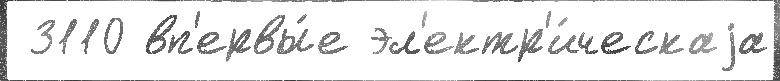
 3110 вп'ервы́е эл'ектр'и́ческаjа